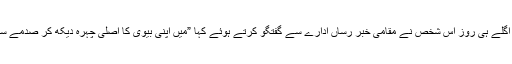
سہاگ رات کے اگلے ہی روز اس شخص نے مقامی خبر رساں ادارے سے گفتگو کرتے ہوئے کہا ”میں اپنی بیوی کا اصلی چہرہ دیکھ کر صدمے سے دوچار ہو گیا۔